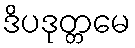
ဒိပဒုတ္တမေ